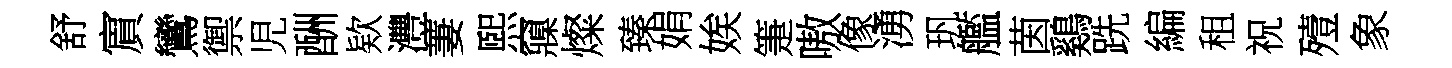
舒賔鸞禦児酬欵灃萋煕䆿燦臻娟娭箑嗷像湧㺬艦茵鷄跣編租祝殪象